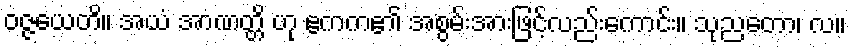
ဝဇ္ဇယေတိ။ အယံ အာဏတ္တိ ဟု ဧကက၏ အစွမ်းအားဖြင့်လည်းကောင်း။ သုညတော၊ လ။